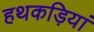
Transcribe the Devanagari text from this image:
हथकड़ियां